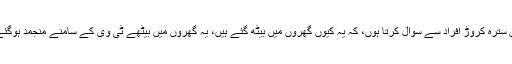
میں اِن سترہ کروڑ افراد سے سوال کرتا ہوں، کہ یہ کیوں گھروں میں بیٹھ گئے ہیں، یہ گھروں میں بیٹھے ٹی وی کے سامنے منجمد ہوگئے ہیں۔